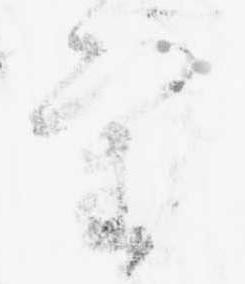
審